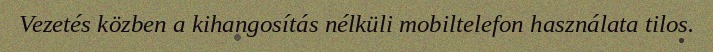
Vezetés közben a kihangosítás nélküli mobiltelefon használata tilos.